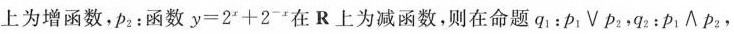
上为增函数，p_{2}：函数$$y = 2 ^ { x } + 2 ^ { - x }$$在 R 上为减函数，则在命题q_{1}：p_{1} \vee p_{2}，q_{2}：p_{1} \wedge p_{2}，